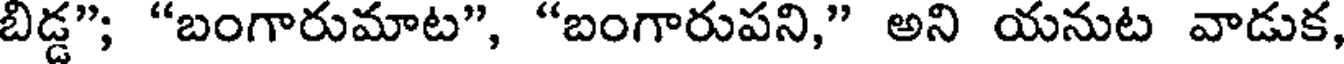
బిడ్డ"; "బంగారుమాట", "బంగారుపని," అని యనుట వాడుక,